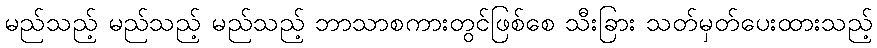
မည်သည့် မည်သည့် မည်သည့် ဘာသာစကားတွင်ဖြစ်စေ သီးခြား သတ်မှတ်ပေးထားသည့်